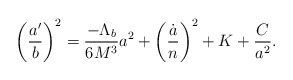
\begin{align*}\left(\frac{a'}{b}\right)^2 = \frac{-\Lambda_b}{6M^3}a^2 + \left(\frac{\dot a}{n}\right)^2 + K+\frac{C}{a^2}.\end{align*}